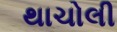
થાચોલી